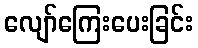
လျော်ကြေးပေးခြင်း